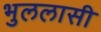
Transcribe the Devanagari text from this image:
भुललासी